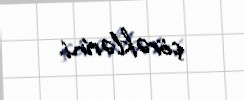
çörəklərini.